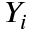
Y _ { i }